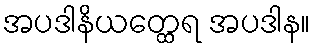
အပဒါနိယတ္ထေရ အပဒါန။